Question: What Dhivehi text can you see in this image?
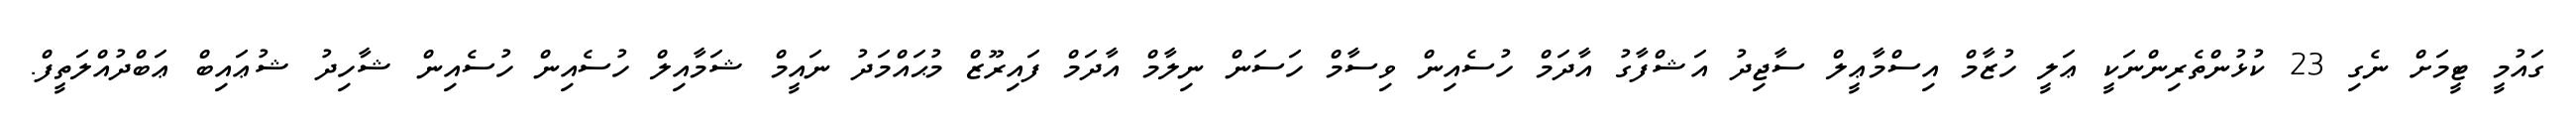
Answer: ގައުމީ ޓީމަށް ނެގި 23 ކުޅުންތެރިންނަކީ ޢަލީ ހުޒާމް އިސްމާޢީލް ސާޖިދު އަޝްފާގު އާދަމް ހުސެއިން ވިސާމް ހަސަން ނިލާމް އާދަމް ފައިރޫޒް މުޙައްމަދު ނައީމް ޝަމާއިލް ހުސެއިން ހުސެއިން ޝާހިދު ޝުޢައިބް ޢަބްދުއްލަތީފް.